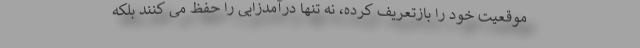
موقعیت خود را بازتعریف کرده، نه تنها درآمدزایی را حفظ می کنند بلکه